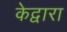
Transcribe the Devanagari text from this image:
केद्वारा